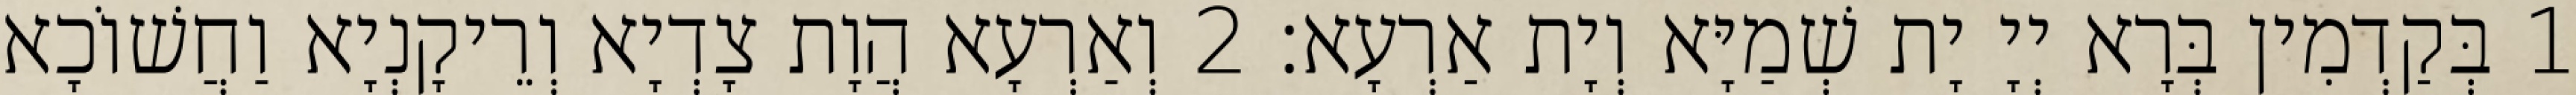
1 בְּקַדְמִין בְּרָא יְיָ יָת שְׁמַיָּא וְיָת אַרְעָא׃ 2 וְאַרְעָא הֲוָת צָדְיָא וְרֵיקָנְיָא וַחֲשׁוֹכָא